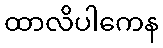
ထာလိပါကေန